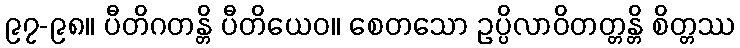
၉၇-၉၈။ ပီတိဂတန္တိ ပီတိယေဝ။ စေတသော ဥပ္ပိလာဝိတတ္တန္တိ စိတ္တဿ